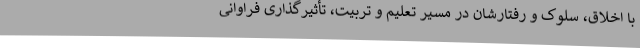
با اخلاق، سلوک و رفتارشان در مسیر تعلیم و تربیت، تأثیرگذاری فراوانی